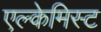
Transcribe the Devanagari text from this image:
एल्केमिस्ट